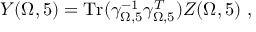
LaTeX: { \cal Y } ( \Omega , 5 ) = \mathrm { T r } ( \gamma _ { \Omega , 5 } ^ { - 1 } \gamma _ { \Omega , 5 } ^ { T } ) { \cal Z } ( \Omega , 5 ) ~ ,